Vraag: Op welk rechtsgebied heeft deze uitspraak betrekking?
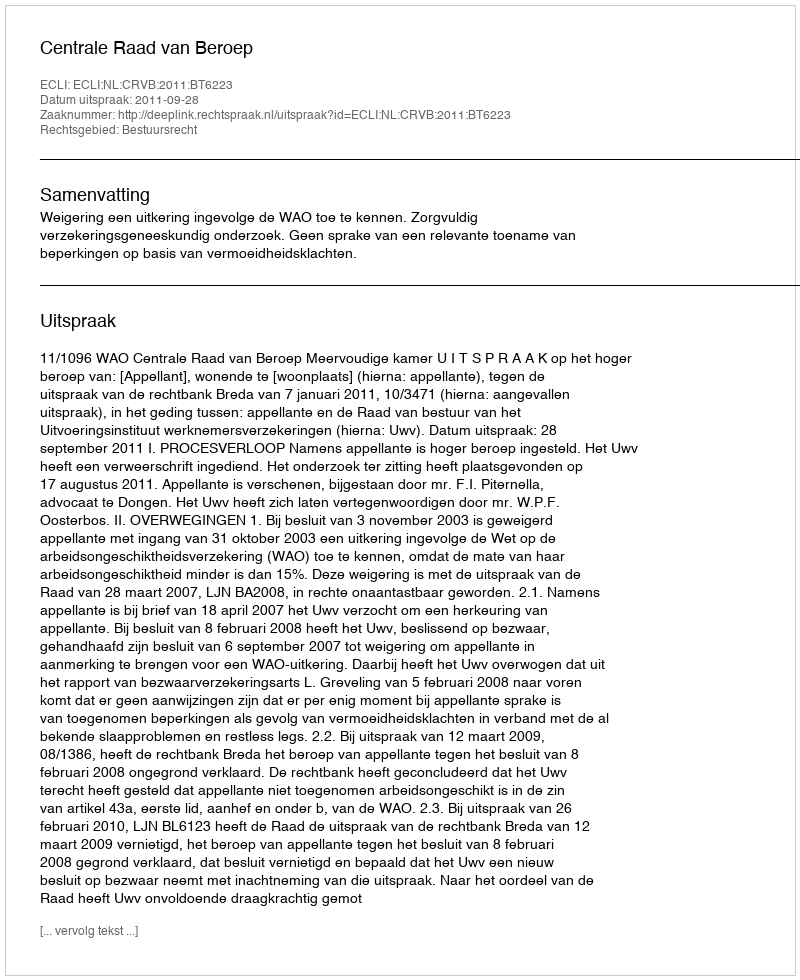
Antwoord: Bestuursrecht